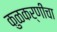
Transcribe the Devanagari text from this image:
कुळकर्णींचा